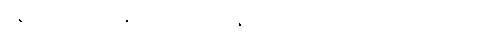
ပရိယတ္တိသာသနာတော်၌။ မနောရမေ။ ပ။ ဝိဟင်္ဂမာ တိအာဒီသု၊